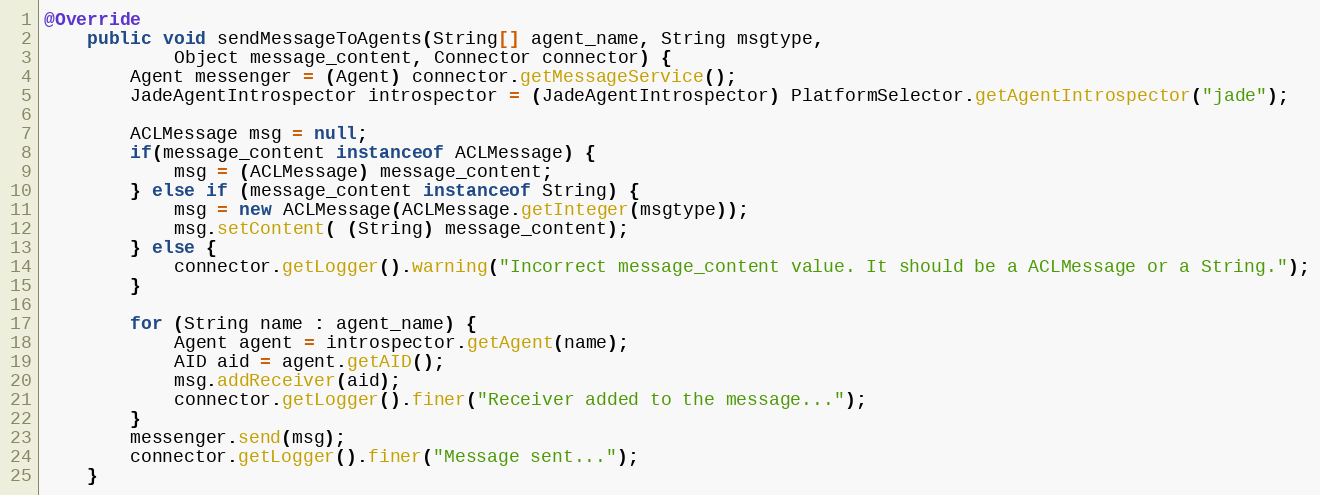
Language: Java
@Override
    public void sendMessageToAgents(String[] agent_name, String msgtype,
            Object message_content, Connector connector) {
        Agent messenger = (Agent) connector.getMessageService();
        JadeAgentIntrospector introspector = (JadeAgentIntrospector) PlatformSelector.getAgentIntrospector("jade");

        ACLMessage msg = null;
        if(message_content instanceof ACLMessage) {
            msg = (ACLMessage) message_content;
        } else if (message_content instanceof String) {
            msg = new ACLMessage(ACLMessage.getInteger(msgtype));
            msg.setContent( (String) message_content);
        } else {
            connector.getLogger().warning("Incorrect message_content value. It should be a ACLMessage or a String.");
        }

        for (String name : agent_name) {
            Agent agent = introspector.getAgent(name);
            AID aid = agent.getAID();
            msg.addReceiver(aid);
            connector.getLogger().finer("Receiver added to the message...");
        }
        messenger.send(msg);
        connector.getLogger().finer("Message sent...");
    }